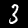
Label: 3